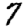
Digit: 7